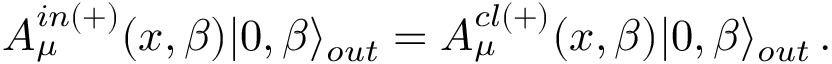
{ \cal A } _ { \mu } ^ { i n ( + ) } ( x , \beta ) | 0 , \beta \rangle _ { o u t } = { \cal A } _ { \mu } ^ { c l ( + ) } ( x , \beta ) | 0 , \beta \rangle _ { o u t } \, .